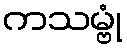
ကသမ္ဗုံ